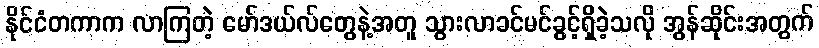
နိုင်ငံတကာက လာကြတဲ့ မော်ဒယ်လ်တွေနဲ့အတူ သွားလာခင်မင်ခွင့်ရှိခဲ့သလို အွန်ဆိုင်းအတွက်